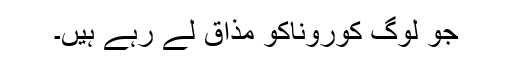
جو لوگ کوروناکو مذاق لے رہے ہیں۔